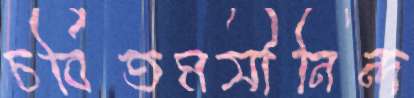
চর্বিতমসীনিন্দ